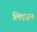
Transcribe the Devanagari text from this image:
लिएज़न